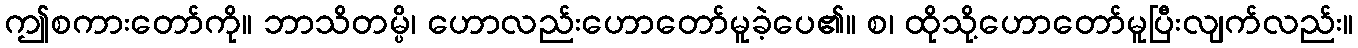
ဤစကားတော်ကို။ ဘာသိတမ္ပိ၊ ဟောလည်းဟောတော်မူခဲ့ပေ၏။ စ၊ ထိုသို့ဟောတော်မူပြီးလျက်လည်း။